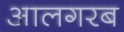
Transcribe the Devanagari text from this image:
आलगरब